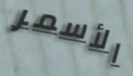
الأسمر